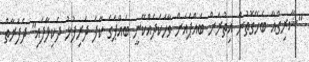
"ޝާރިގްއާ ބެހޭގޮތުން އިތުރަށް ބައްޕައަށް ވާހަކަދެއްކޭނީ ބައްޕަގެ ކާފަ ދަރިފުޅު ދެކިލާފައި" ދެފަރާތް